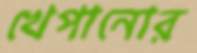
খেপানোর